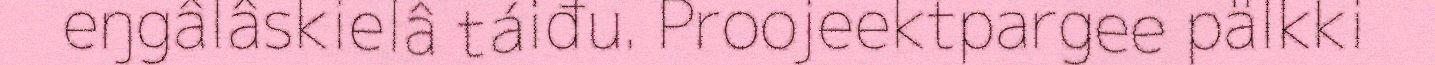
eŋgâlâskielâ táiđu. Proojeektpargee pälkki